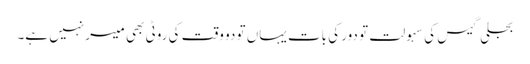
بجلی گیس کی سہولت تو دور کی بات یہاں تو دو وقت کی روٹی بھی میسر نہیں ہے۔